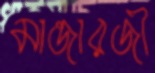
মান্ডারজী